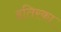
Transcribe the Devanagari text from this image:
इतिरका